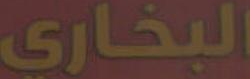
البخاري